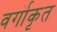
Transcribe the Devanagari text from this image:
वर्गॊकृत